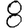
Digit: 8